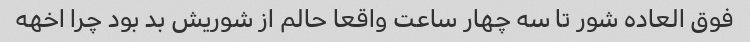
فوق العاده شور تا سه چهار ساعت واقعا حالم از شوریش بد بود چرا اخهه